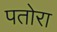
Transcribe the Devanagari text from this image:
पतोरा